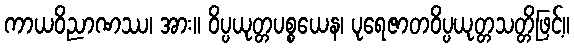
ကာယဝိညာဏဿ၊ အား။ ဝိပ္ပယုတ္တပစ္စယေန၊ ပုရေဇာတဝိပ္ပယုတ္တသတ္တိဖြင့်။